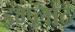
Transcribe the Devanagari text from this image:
इम्प्लाटं